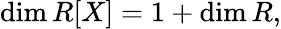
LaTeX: \dim R[X]=1+\dim R,